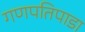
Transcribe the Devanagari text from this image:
गणपतिपाडा